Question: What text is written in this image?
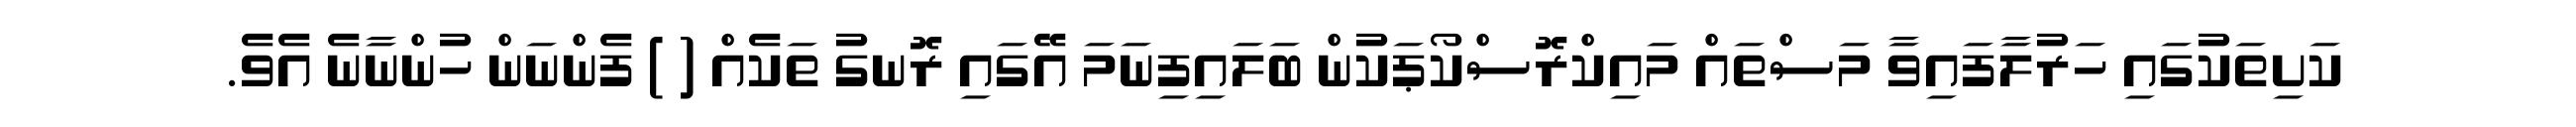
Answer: ކަށިތަކުގައި ހަރުލާފައިވާ މަސްތައް މައިކްރޮސްކޯޕަކުން ބަލައިފިނަމަ އޭގައި ރޮނގު ތަކެއް ( ) ފެންނަން ހުންނާނެ އެވެ.